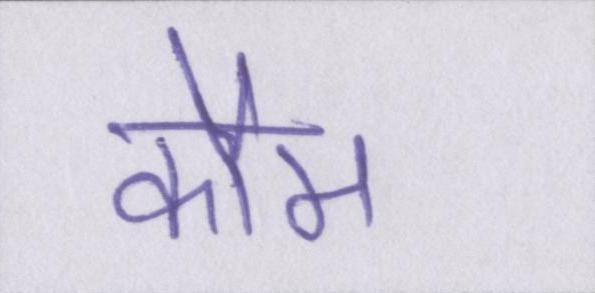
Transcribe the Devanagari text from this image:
कौम